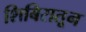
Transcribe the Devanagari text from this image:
शिबिरातून